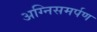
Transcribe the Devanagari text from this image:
अग्निसमर्पण